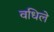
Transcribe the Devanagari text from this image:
वधिले